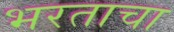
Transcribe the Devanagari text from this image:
भरताचा